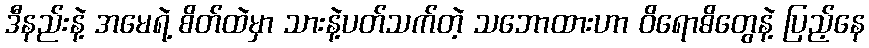
ဒီနည်းနဲ့ အမေရဲ့ စိတ်ထဲမှာ သားနဲ့ပတ်သက်တဲ့ သဘောထားဟာ ဝိရောဓိတွေနဲ့ ပြည့်နေ